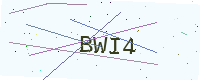
Text: BWI4